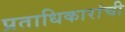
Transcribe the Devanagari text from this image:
प्रताधिकारांची